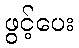
ဖွင့်ပေး